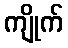
ကျိုက်